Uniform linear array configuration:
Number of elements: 12
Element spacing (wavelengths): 0.25
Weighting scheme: binomial
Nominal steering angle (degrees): -15
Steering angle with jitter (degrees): -14.824
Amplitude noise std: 0.05
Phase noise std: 0.05

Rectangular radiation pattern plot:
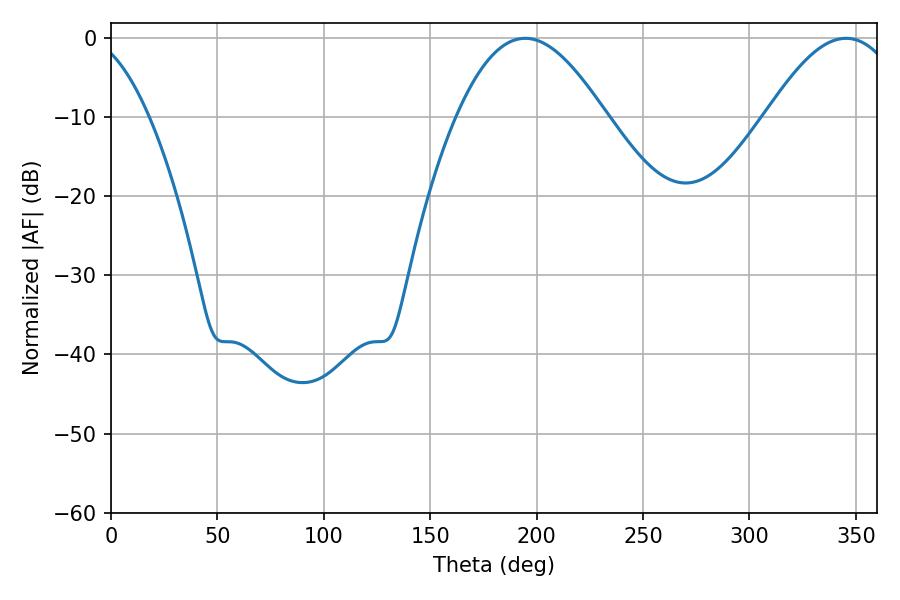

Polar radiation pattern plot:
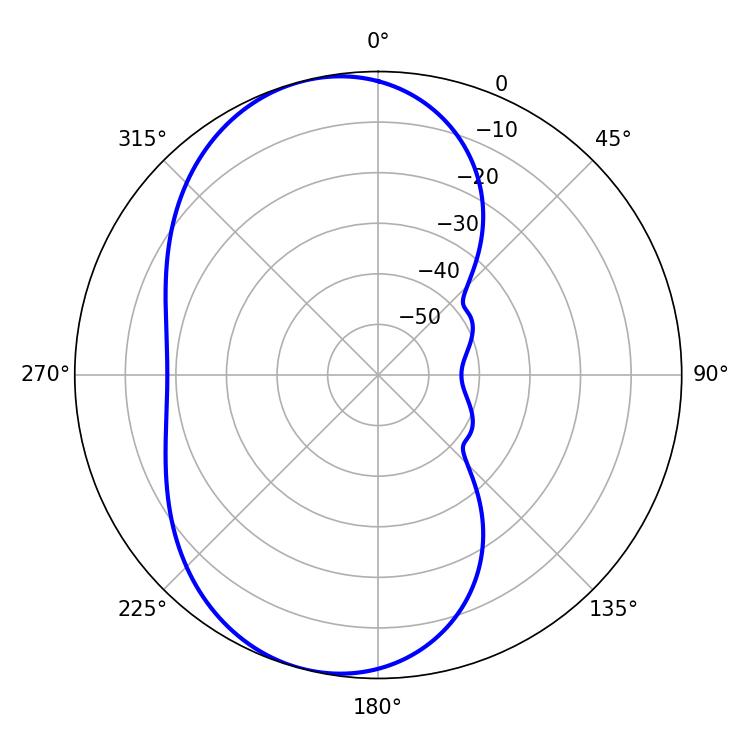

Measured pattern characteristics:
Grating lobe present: FALSE
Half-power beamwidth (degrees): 37.8
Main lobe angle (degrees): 194.58